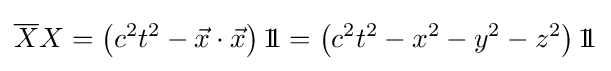
{\overline {X}}X=\left(c^{2}t^{2}-{\vec {x}}\cdot {\vec {x}}\right)1\!\!1=\left(c^{2}t^{2}-x^{2}-y^{2}-z^{2}\right)1\!\!1